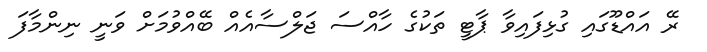
ރޭ އައްޑޫގައި ގުޅިފައިވާ ޕާޓީ ތަކުގެ ހާއްސަ ޖަލްސާއެއް ބޭއްވުމަށް ވަނީ ނިންމާފަ